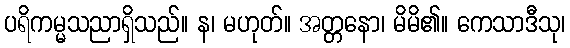
ပရိကမ္မသညာရှိသည်။ န၊ မဟုတ်။ အတ္တနော၊ မိမိ၏။ ကေသာဒီသု၊